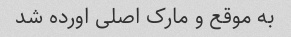
به موقع و مارک اصلی اورده شد